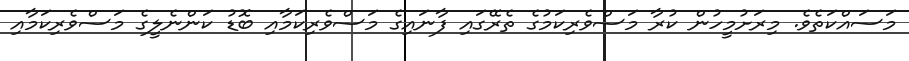
މަސައްކަތެވެ. މިރަށުމީހުން ކުރާ މަސްވެރިކަމުގެ ތެރޭގައި ފާނައިގެ މަސްވެރިކަމާއި ބޮޑު ކަންނެލީގެ މަސްވެރިކަމާއި